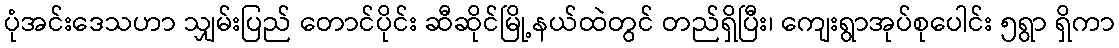
ပုံအင်းဒေသဟာ သျှမ်းပြည် တောင်ပိုင်း ဆီဆိုင်မြို့နယ်ထဲတွင် တည်ရှိပြီး၊ ကျေးရွာအုပ်စုပေါင်း ၅ရွာ ရှိကာ